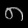
Digit: ၈